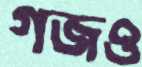
গজও